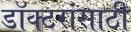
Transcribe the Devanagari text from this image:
डॉक्टरांसाठी